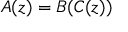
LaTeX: A ( z ) = B ( C ( z ) )